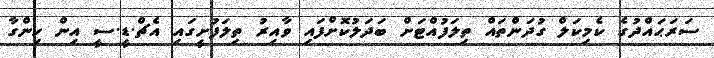
ސަރަޙައްދުގެ ކެމިކަލް ގުދަންތައް ތިލަފުއްޓަށް ބަދަލުކޮށްފައި ވާއިރު ތިލަފުށީގައި އެޗް.ޑީ.ސީ އިން ހިންގާ